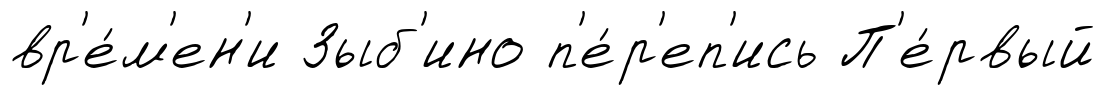
вр'е́м'ен'и Зыб'ино п'е́р'еп'ись П'е́рвый